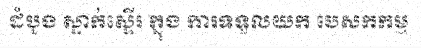
ដំបូង ស្ទាក់ស្ទើរ ក្នុង ការទទួលយក បេសកកម្ម